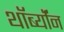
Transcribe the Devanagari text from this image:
थॉर्ब्यॉन